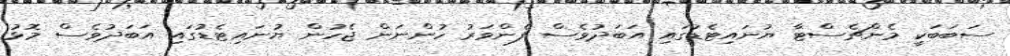
ސަބަބަކީ މެންޗެސްޓާ ޔުނައިޓެޑުގައި އަބަދުވެސް ފެންވަރު ހުންނަން ޖެހުން ޔުނައިޓެޑުގައި އަބަދުވެސް މޮޅު